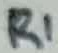
Text: R1